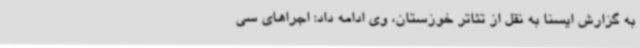
به گزارش ایسنا به نقل از تئاتر خوزستان، وی ادامه داد: اجراهای سی‌